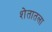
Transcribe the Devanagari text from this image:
शेतातला